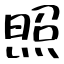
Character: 照